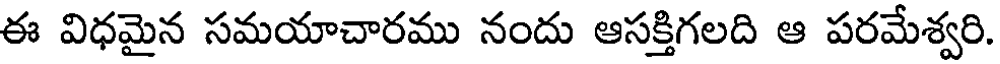
ఈ విధమైన సమయాచారము నందు ఆసక్తిగలది ఆ పరమేశ్వరి.